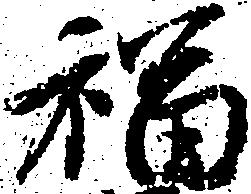
福